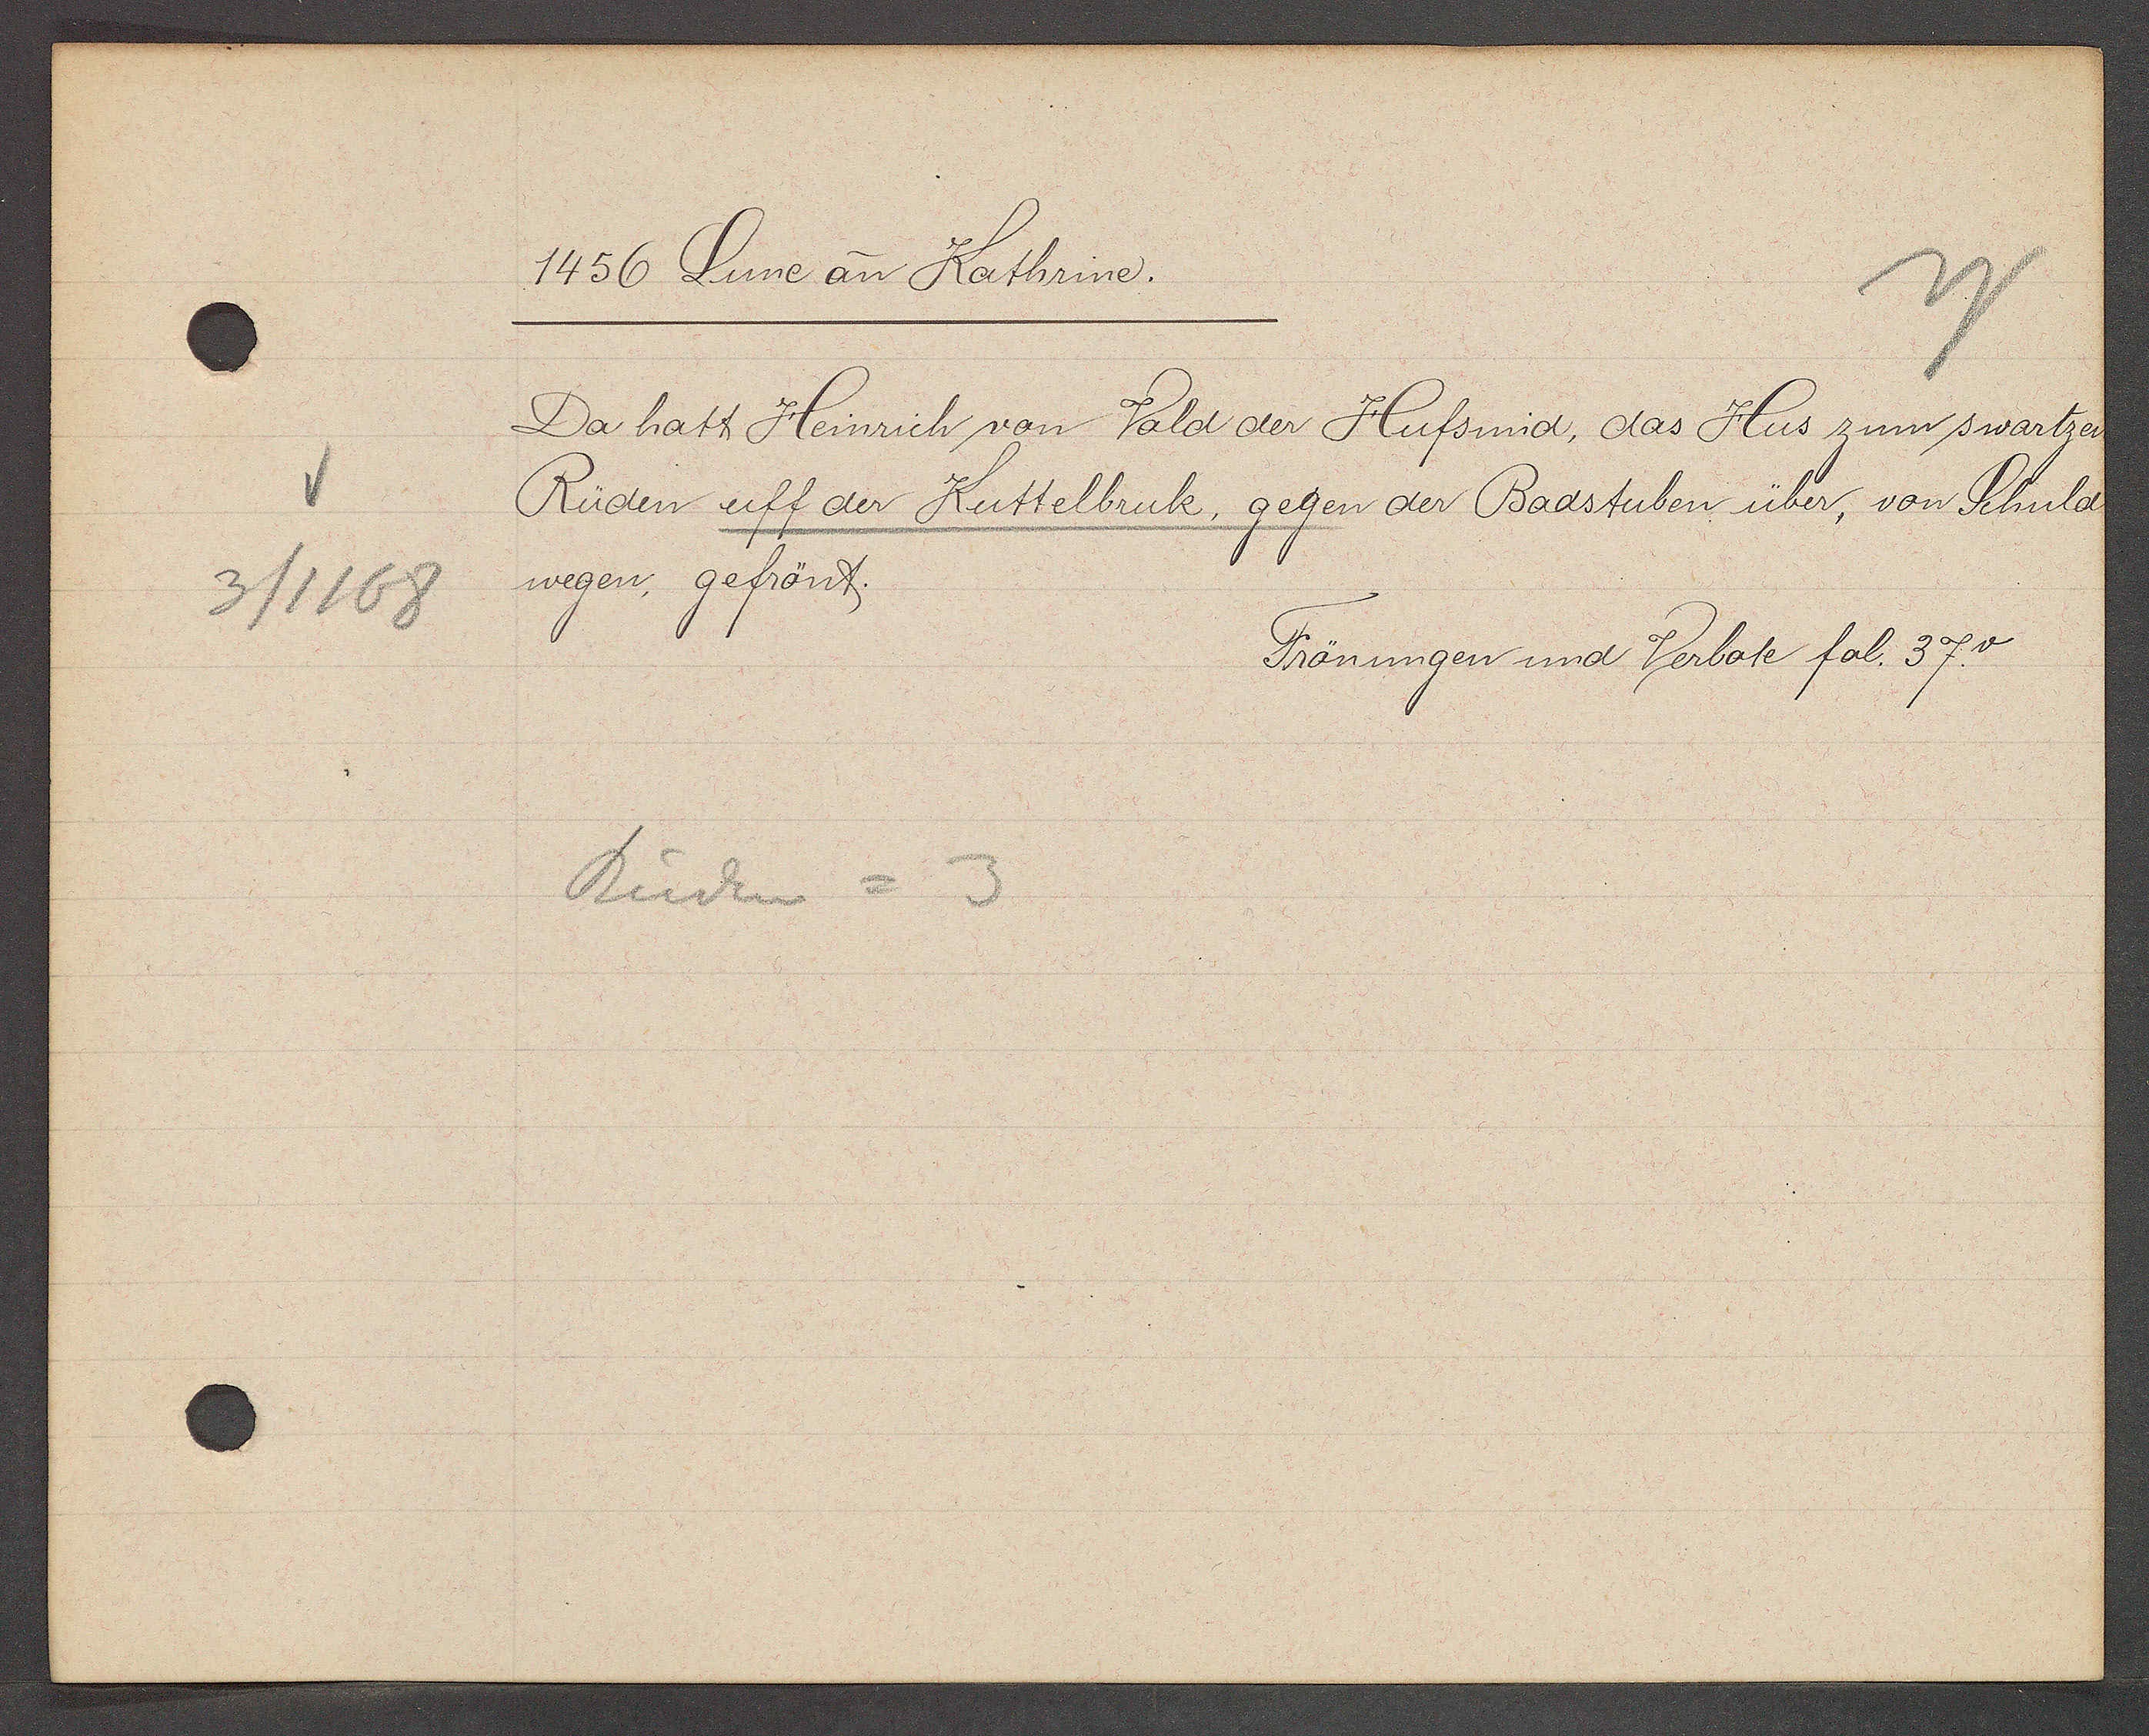
Transcript:
3/1168

1456 Lune an Kathrine.

Da hatt Heinrich von Vald der Hufsmid, das Hus zum swartzen
Rüden uff der Kuttelbruck, gegen der Badstuben über, von Schuld
wegen, gefrönt.

Rüden = 3

Frönungen und Verbote fol. 37. v